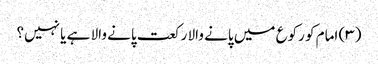
(۳) امام کو رکوع میں پانے والا رکعت پانے والا ہے یا نہیں؟